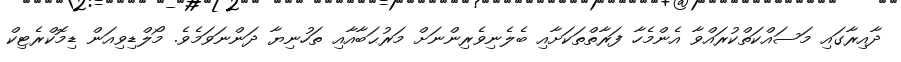
ދާއިރާގައި މަސައްކަތްކުރައްވާ އެންމެހާ ފަރާތްތަކަށާއި ބެލެނިވެރިންނަށް މަރުޙަބާއާއި ތަހުނިޔާ ދަންނަވަމެވެ. މޯލްޑިވިއަން ޑިމޮކްރެޓިކް